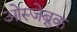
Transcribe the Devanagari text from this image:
ओस्जेब्रुक